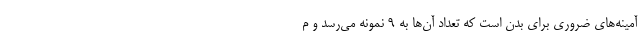
آمینه‌های ضروری برای بدن است که تعداد آن‌ها به 9 نمونه می‌رسد و م